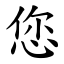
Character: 您